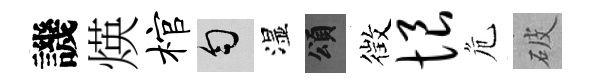
譏煐棺匀湿頌徴恨危破